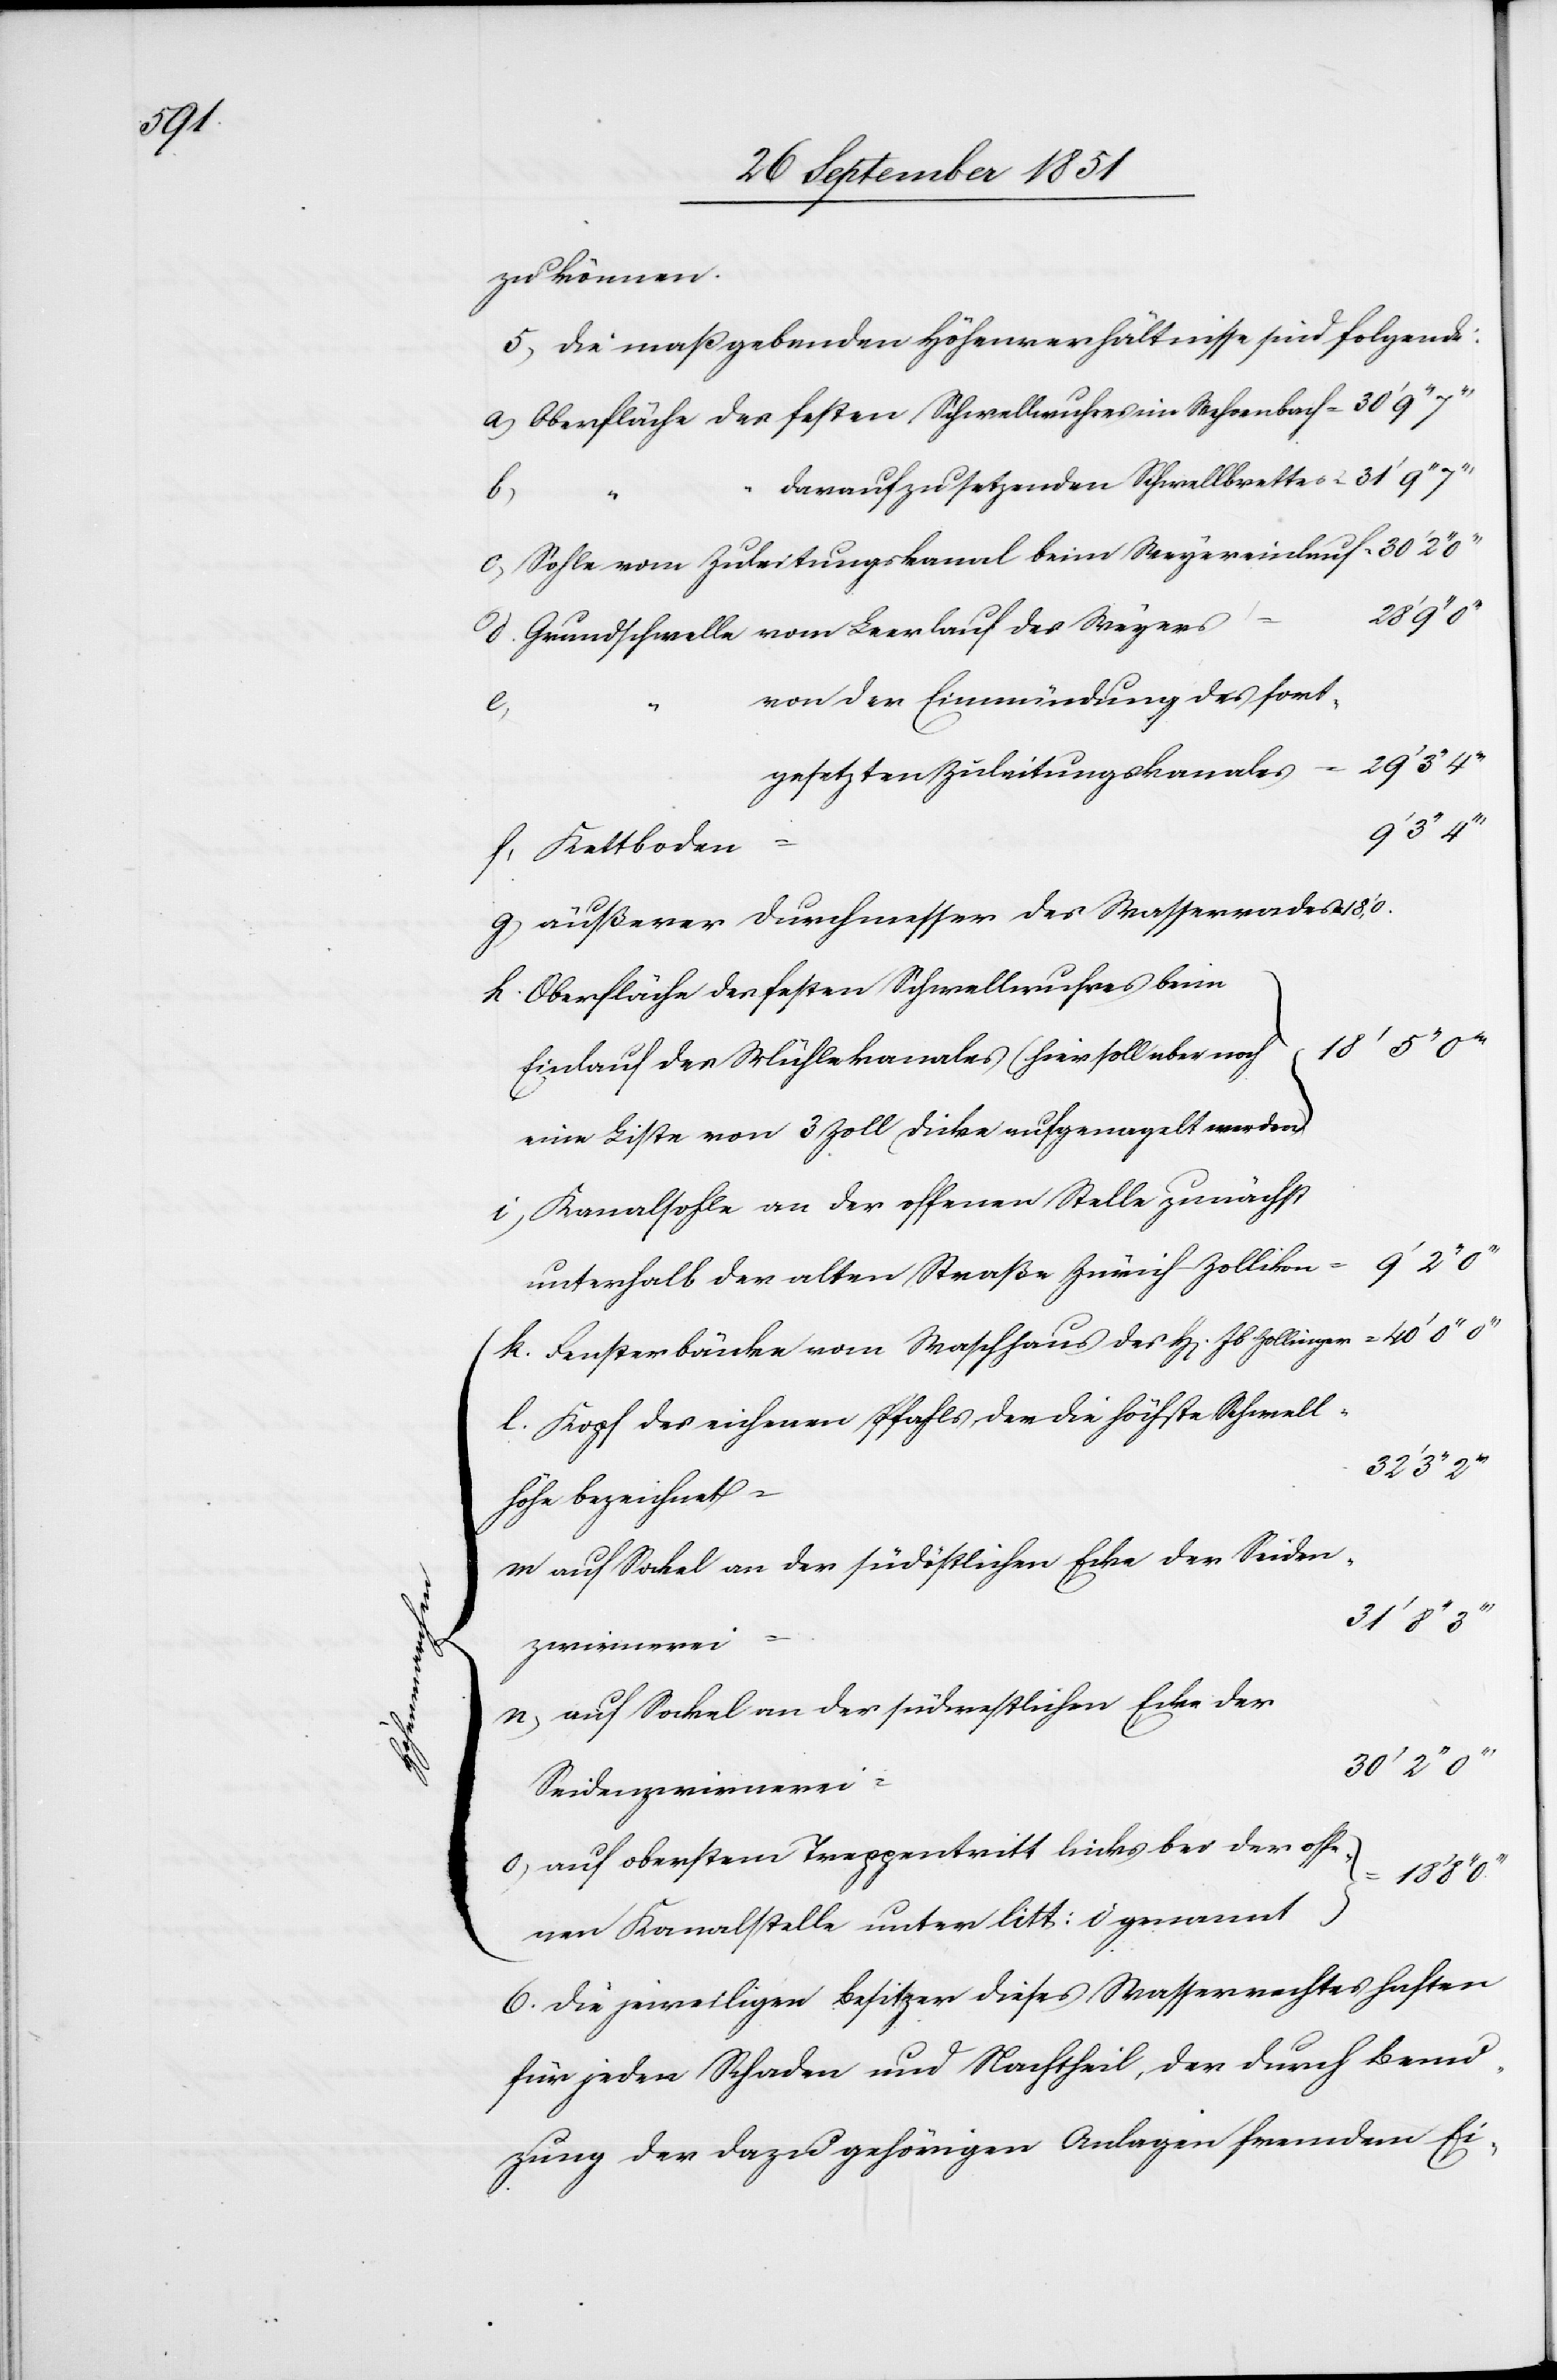
31‘

n)

zu können.
Die maßgebenden Höhenverhältnisse sind folgende:
Oberfläche des festen Schwellwuhres im Wehrenbach =
darauf zu setzenden Schwellbrettes =
6.
Sohle vom Zuleitungskanal beim Weyereinlauf =
Grundschwelle vom Leerlauf des Weyers
von der Einmündung des fort¬
l.
gesetzten Zuleitungskanales
32‘
m
äußerer Durchmesser des Wasserrades =
Oberfläche des festen Schwellwuhres beim
18‘ 8‘‘
Einlauf des Mühlekanales (hier soll aber noch
eine L[e]iste von 3 Zoll Dicke aufgenagelt werden)
Kanalsohle an der offenen Stelle zunächst
unterhalb der alten Straße Zürich–Zollikon =
Fensterbänke vom Waschhaus des H[errn] Jb Zollinger =
Kopf des eichenen Pfahls, der die höchste Schwell¬
höhe bezeichnet
auf Sockel an der südöstlichen Ecke der Seiden¬
zwirnerei
auf Sockel an der südwestlichen Ecke der
Seidenzwirnerei
auf oberstem Treppentritt links bei der offe¬
nen Kanalstelle unter litt: i genannt
Die jeweiligen Besitzer dieses Wasserrechtes haften
für jeden Schaden und Nachtheil, der durch Ben¬
u[t]zung der dazu gehörigen Anlagen fremdem Ei-